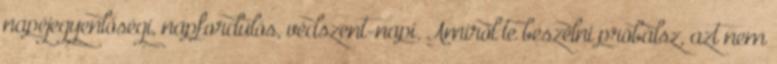
napéjegyenlőségi, napfordulós, védszent-napi. Amiről te beszélni próbálsz, azt nem